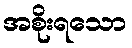
အစိုးရသော